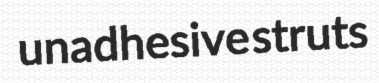
unadhesive struts